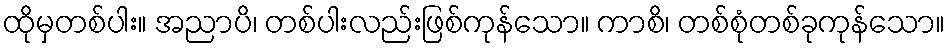
ထိုမှတစ်ပါး။ အညာပိ၊ တစ်ပါးလည်းဖြစ်ကုန်သော။ ကာစိ၊ တစ်စုံတစ်ခုကုန်သော။